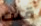
قلت